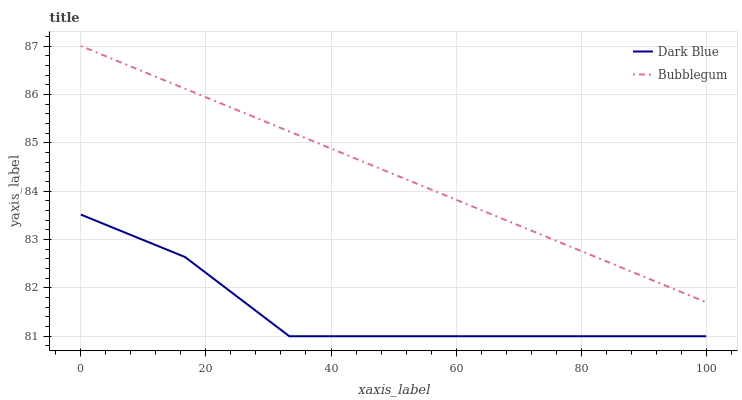
| xaxis_label | Dark Blue | Bubblegum |
 | --- | --- | --- |
 | 0 | 83.5 | 87 |
 | 16.7 | 82.6 | 86.1 |
 | 33.3 | 81 | 85.2 |
 | 50 | 81 | 84.4 |
 | 66.7 | 81 | 83.5 |
 | 83.3 | 81 | 82.6 |
 | 100 | 81 | 81.7 |